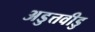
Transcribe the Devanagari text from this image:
अडुत्तवीडु